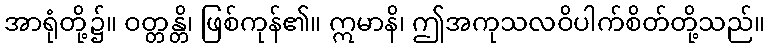
အာရုံတို့၌။ ဝတ္တန္တိ၊ ဖြစ်ကုန်၏။ ဣမာနိ၊ ဤအကုသလဝိပါက်စိတ်တို့သည်။